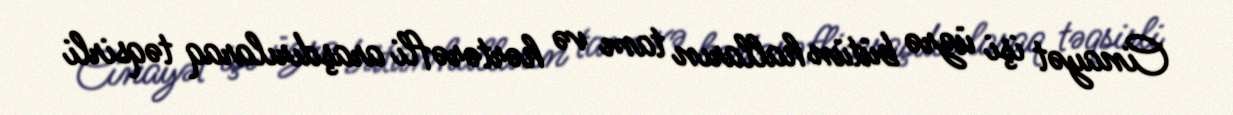
Cinayət işi üzrə bütün halların tam və hərtərəfli araşdırılaraq təqsirli